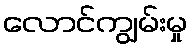
လောင်ကျွမ်းမှု